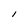
Character: I